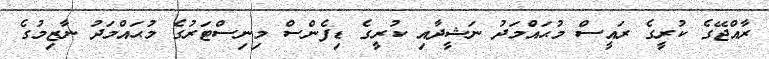
ރާއްޖޭގެ ކުރީގެ ރައީސް މުޙައްމަދު ނަޝީދާއި ކުރީގެ ޑިފެންސް މިނިސްޓަރުގެ މުޙައްމަދު ނާޒިމުގެ